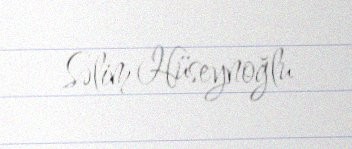
Səlim Hüseynoğlu